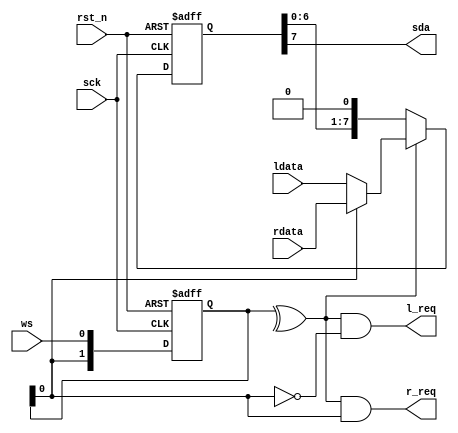
//******************************************************************

//******************************************************************
`timescale 1ns/1ns
module pgr_i2s_tx
#(
    parameter DATA_WIDTH = 8
)
(
    input                       sck,
    input                       rst_n,

    input                       ws,
    output                      sda,
    input   [DATA_WIDTH - 1:0]  ldata,
    output                      l_req,
    input   [DATA_WIDTH - 1:0]  rdata,
    output                      r_req
);

reg     [DATA_WIDTH - 1:0]  sr;
wire    [DATA_WIDTH - 1:0]  data;

assign sda = sr[DATA_WIDTH - 1]; //sr

reg [1:0]   ws_d;
wire        ws_e;

always @(posedge sck or negedge rst_n)
begin
    if(~rst_n)
    begin
        ws_d <= 2'b0;
    end
    else
    begin
        ws_d <= {ws_d[0],ws};
    end
end

assign ws_e = ^ws_d;

assign data = ws_d[0] ? rdata : ldata; //ws

always @(negedge sck or negedge rst_n)
begin
    if(~rst_n)
        sr <= {DATA_WIDTH{1'b0}};
    else if(ws_e)
        sr <= data;
    else
        sr <= {sr[DATA_WIDTH - 2:0],1'b0}; //sr
end

assign r_req = ws_e & ws_d[0];
assign l_req = ws_e & ~ws_d[0];

endmodule //pgr_i2s_tx